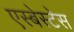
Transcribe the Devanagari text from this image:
एस्बेस्टेस